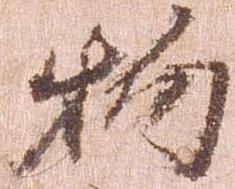
物